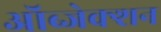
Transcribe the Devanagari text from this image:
ऑब्जेक्शन